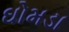
ઘોમડા